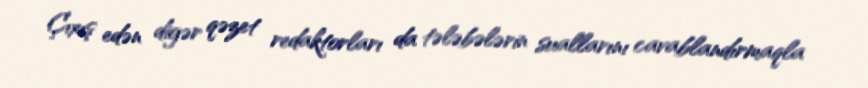
Çıxış edən digər qəzet redaktorları da tələbələrin suallarını cavablandırmaqla